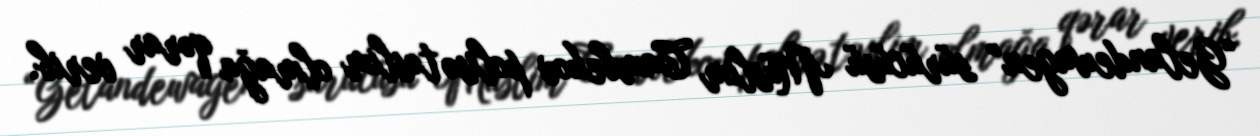
“Gelandewagen” sürücüsü Müslim Cambekov polisə təslim olmağa qərar verib.